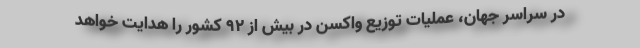
در سراسر جهان، عملیات توزیع واکسن در بیش از ۹۲ کشور را هدایت خواهد